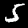
Digit: 5